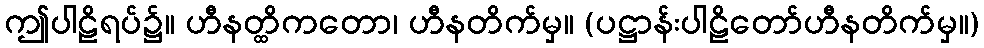
ဤပါဠိရပ်၌။ ဟီနတ္ထိကတော၊ ဟီနတိက်မှ။ (ပဋ္ဌာန်းပါဠိတော်ဟီနတိက်မှ။)